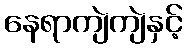
နေရာကျဲကျဲနှင့်